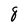
Character: 8